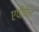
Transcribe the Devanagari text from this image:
एपीपेन